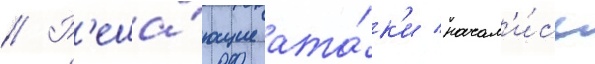
// Р'еша́ющие ата́к'и начал'и́сь